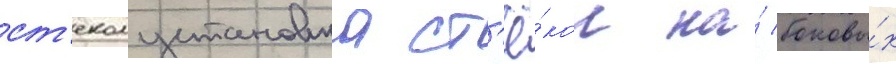
ст'еколустановка ст'ё́кол на́ боковы́х